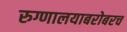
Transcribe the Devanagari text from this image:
रुग्णालयाबरोबरच